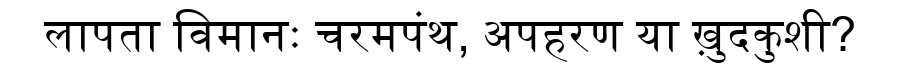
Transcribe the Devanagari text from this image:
लापता विमानः चरमपंथ, अपहरण या ख़ुदकुशी?